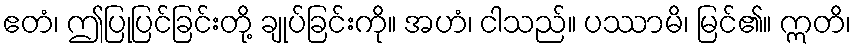
ဧတံ၊ ဤပြုပြင်ခြင်းတို့ ချုပ်ခြင်းကို။ အဟံ၊ ငါသည်။ ပဿာမိ၊ မြင်၏။ ဣတိ၊